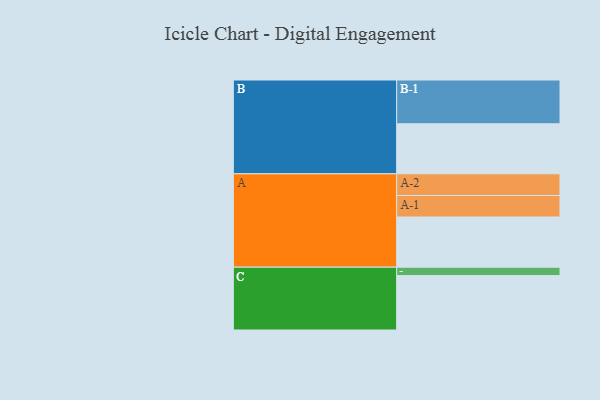
{"axis": {"x": "Segment", "y": "Value"}, "legend": ["", "A", "B", "C"], "data": [{"x": "A", "y": 322, "type": ""}, {"x": "B", "y": 321, "type": ""}, {"x": "C", "y": 349, "type": ""}, {"x": "A-1", "y": 138, "type": "A"}, {"x": "A-2", "y": 139, "type": "A"}, {"x": "B-1", "y": 281, "type": "B"}, {"x": "C-1", "y": 54, "type": "C"}]}